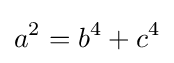
a^{2}=b^{4}+c^{4}